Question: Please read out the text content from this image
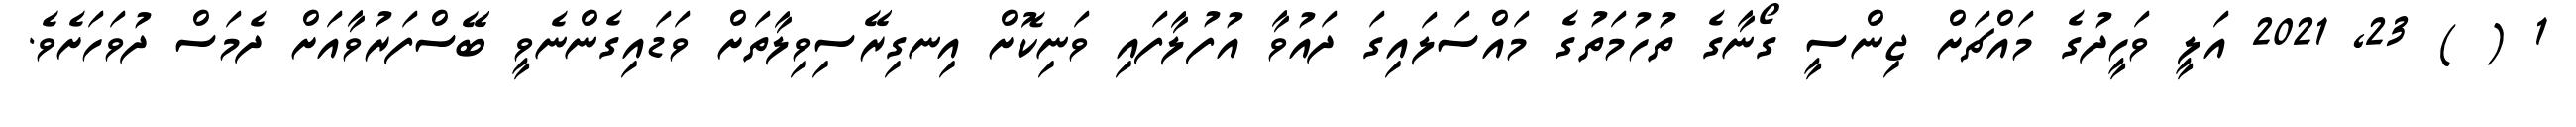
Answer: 1 ( ) 23, 2021 އަލީ ވަހީދުގެ މައްޗަށް ޖިންސީ ގޯނާގެ ތުހުމަތުގެ މައްސަލައިގަ ދައުވާ އުފުލާފައި ވަނިކޮށް އިނގިރޭސިވިލާތަށް ވަޑައިގެންނެވީ ބޭސްފަރުވާއަށް ދެމަސް ދުވަހަށެވެ.